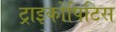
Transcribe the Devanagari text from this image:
ट्राइकोपिटिस